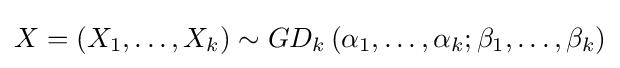
X=\left(X_{1},\ldots ,X_{k}\right)\sim GD_{k}\left(\alpha _{1},\ldots ,\alpha _{k};\beta _{1},\ldots ,\beta _{k}\right)